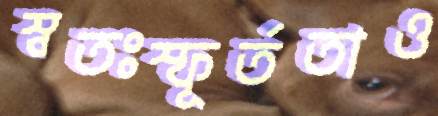
স্বতঃস্ফূর্ততাও